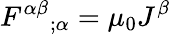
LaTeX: F^{\alpha\beta}{}_{;\alpha}=\mu_{0}J^{\beta}